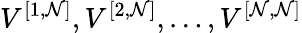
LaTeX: V^{[{1},{\mathcal{N}}]},V^{[{2},{\mathcal{N}}]},\ldots,V^{[{\mathcal{N}},{\mathcal{N}}]}